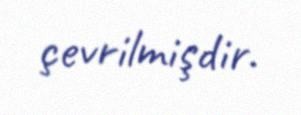
çevrilmişdir.